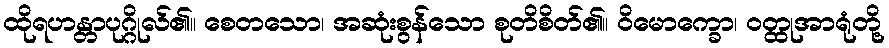
ထိုရဟန္တာပုဂ္ဂိုလ်၏။ စေတသော၊ အဆုံးစွန်သော စုတိစိတ်၏။ ဝိမောက္ခော၊ ဝတ္ထုအာရုံတို့